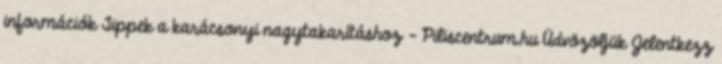
információk Tippek a karácsonyi nagytakarításhoz - Piliscentrum.hu Üdvözöljük Jelentkezz